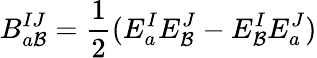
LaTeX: B_{a\mathcal{B}}^{IJ}={\frac{{1}}{{2}}}(E_{a}^{I}E_{\mathcal{B}}^{J}-E_{\mathcal{B}}^{I}E_{a}^{J})